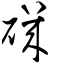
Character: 磯